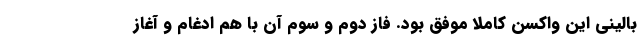
بالینی این واکسن کاملا موفق بود. فاز دوم و سوم آن با هم ادغام و آغاز